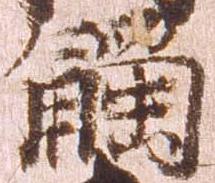
触